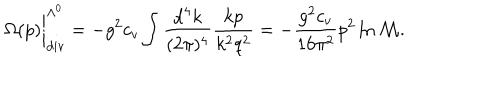
LaTeX: \Omega ( p ) \bigg | _ { \mathrm { d i v } } ^ { \Lambda ^ { 0 } } = - g ^ { 2 } c _ { v } \int \frac { \mathrm { d } ^ { 4 } k } { ( 2 \pi ) ^ { 4 } } \frac { k p } { k ^ { 2 } q ^ { 2 } } = - \frac { g ^ { 2 } c _ { v } } { 1 6 \pi ^ { 2 } } p ^ { 2 } \ln \mathcal { M } .